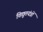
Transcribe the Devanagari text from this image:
विद्युतयंत्रों